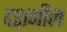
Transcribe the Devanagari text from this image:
दशनील